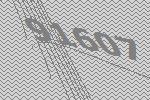
91607